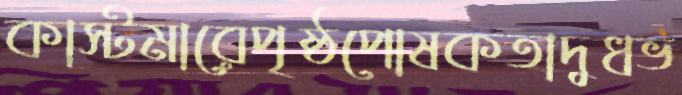
কাস্টমারেপৃষ্ঠপোষকতাদুধভ